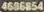
4686854